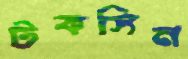
টকসিন